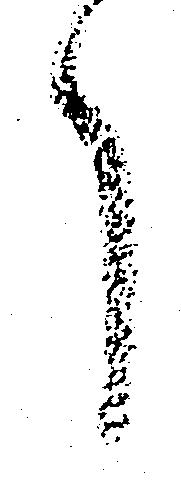
了